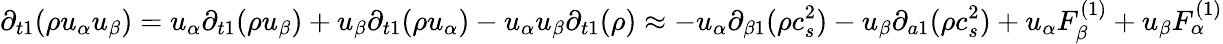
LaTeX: {\partial_{t1}}(\rho{u_{\alpha}}{u_{\beta}})={u_{\alpha}}{\partial_{t1}}(\rho{u_{\beta}})+{u_{\beta}}{\partial_{t1}}(\rho{u_{\alpha}})-{u_{\alpha}}{u_{\beta}}{\partial_{t1}}(\rho)\approx-{u_{\alpha}}{\partial_{\beta 1}}(\rho c_{s}^{2})-{u_{\beta}}{\partial_{a1}}(\rho c_{s}^{2})+{u_{\alpha}}F_{\beta}^{(1)}+{u_{\beta}}F_{\alpha}^{(1)}